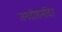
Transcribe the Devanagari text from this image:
जगदीशमंदिर